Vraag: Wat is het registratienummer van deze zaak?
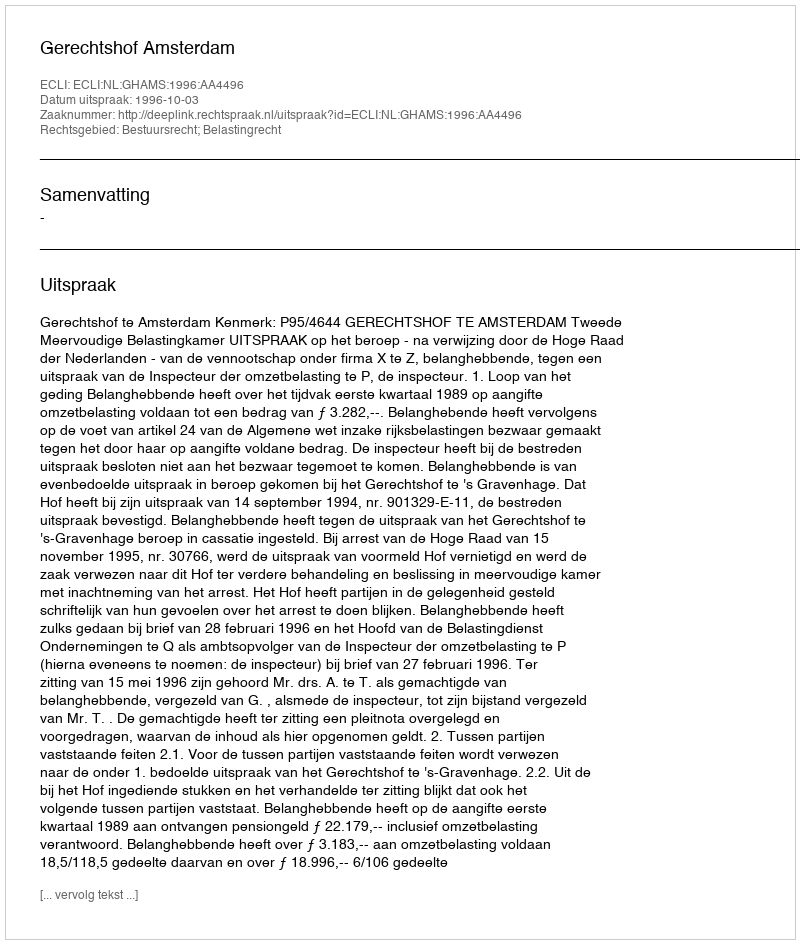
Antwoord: http://deeplink.rechtspraak.nl/uitspraak?id=ECLI:NL:GHAMS:1996:AA4496